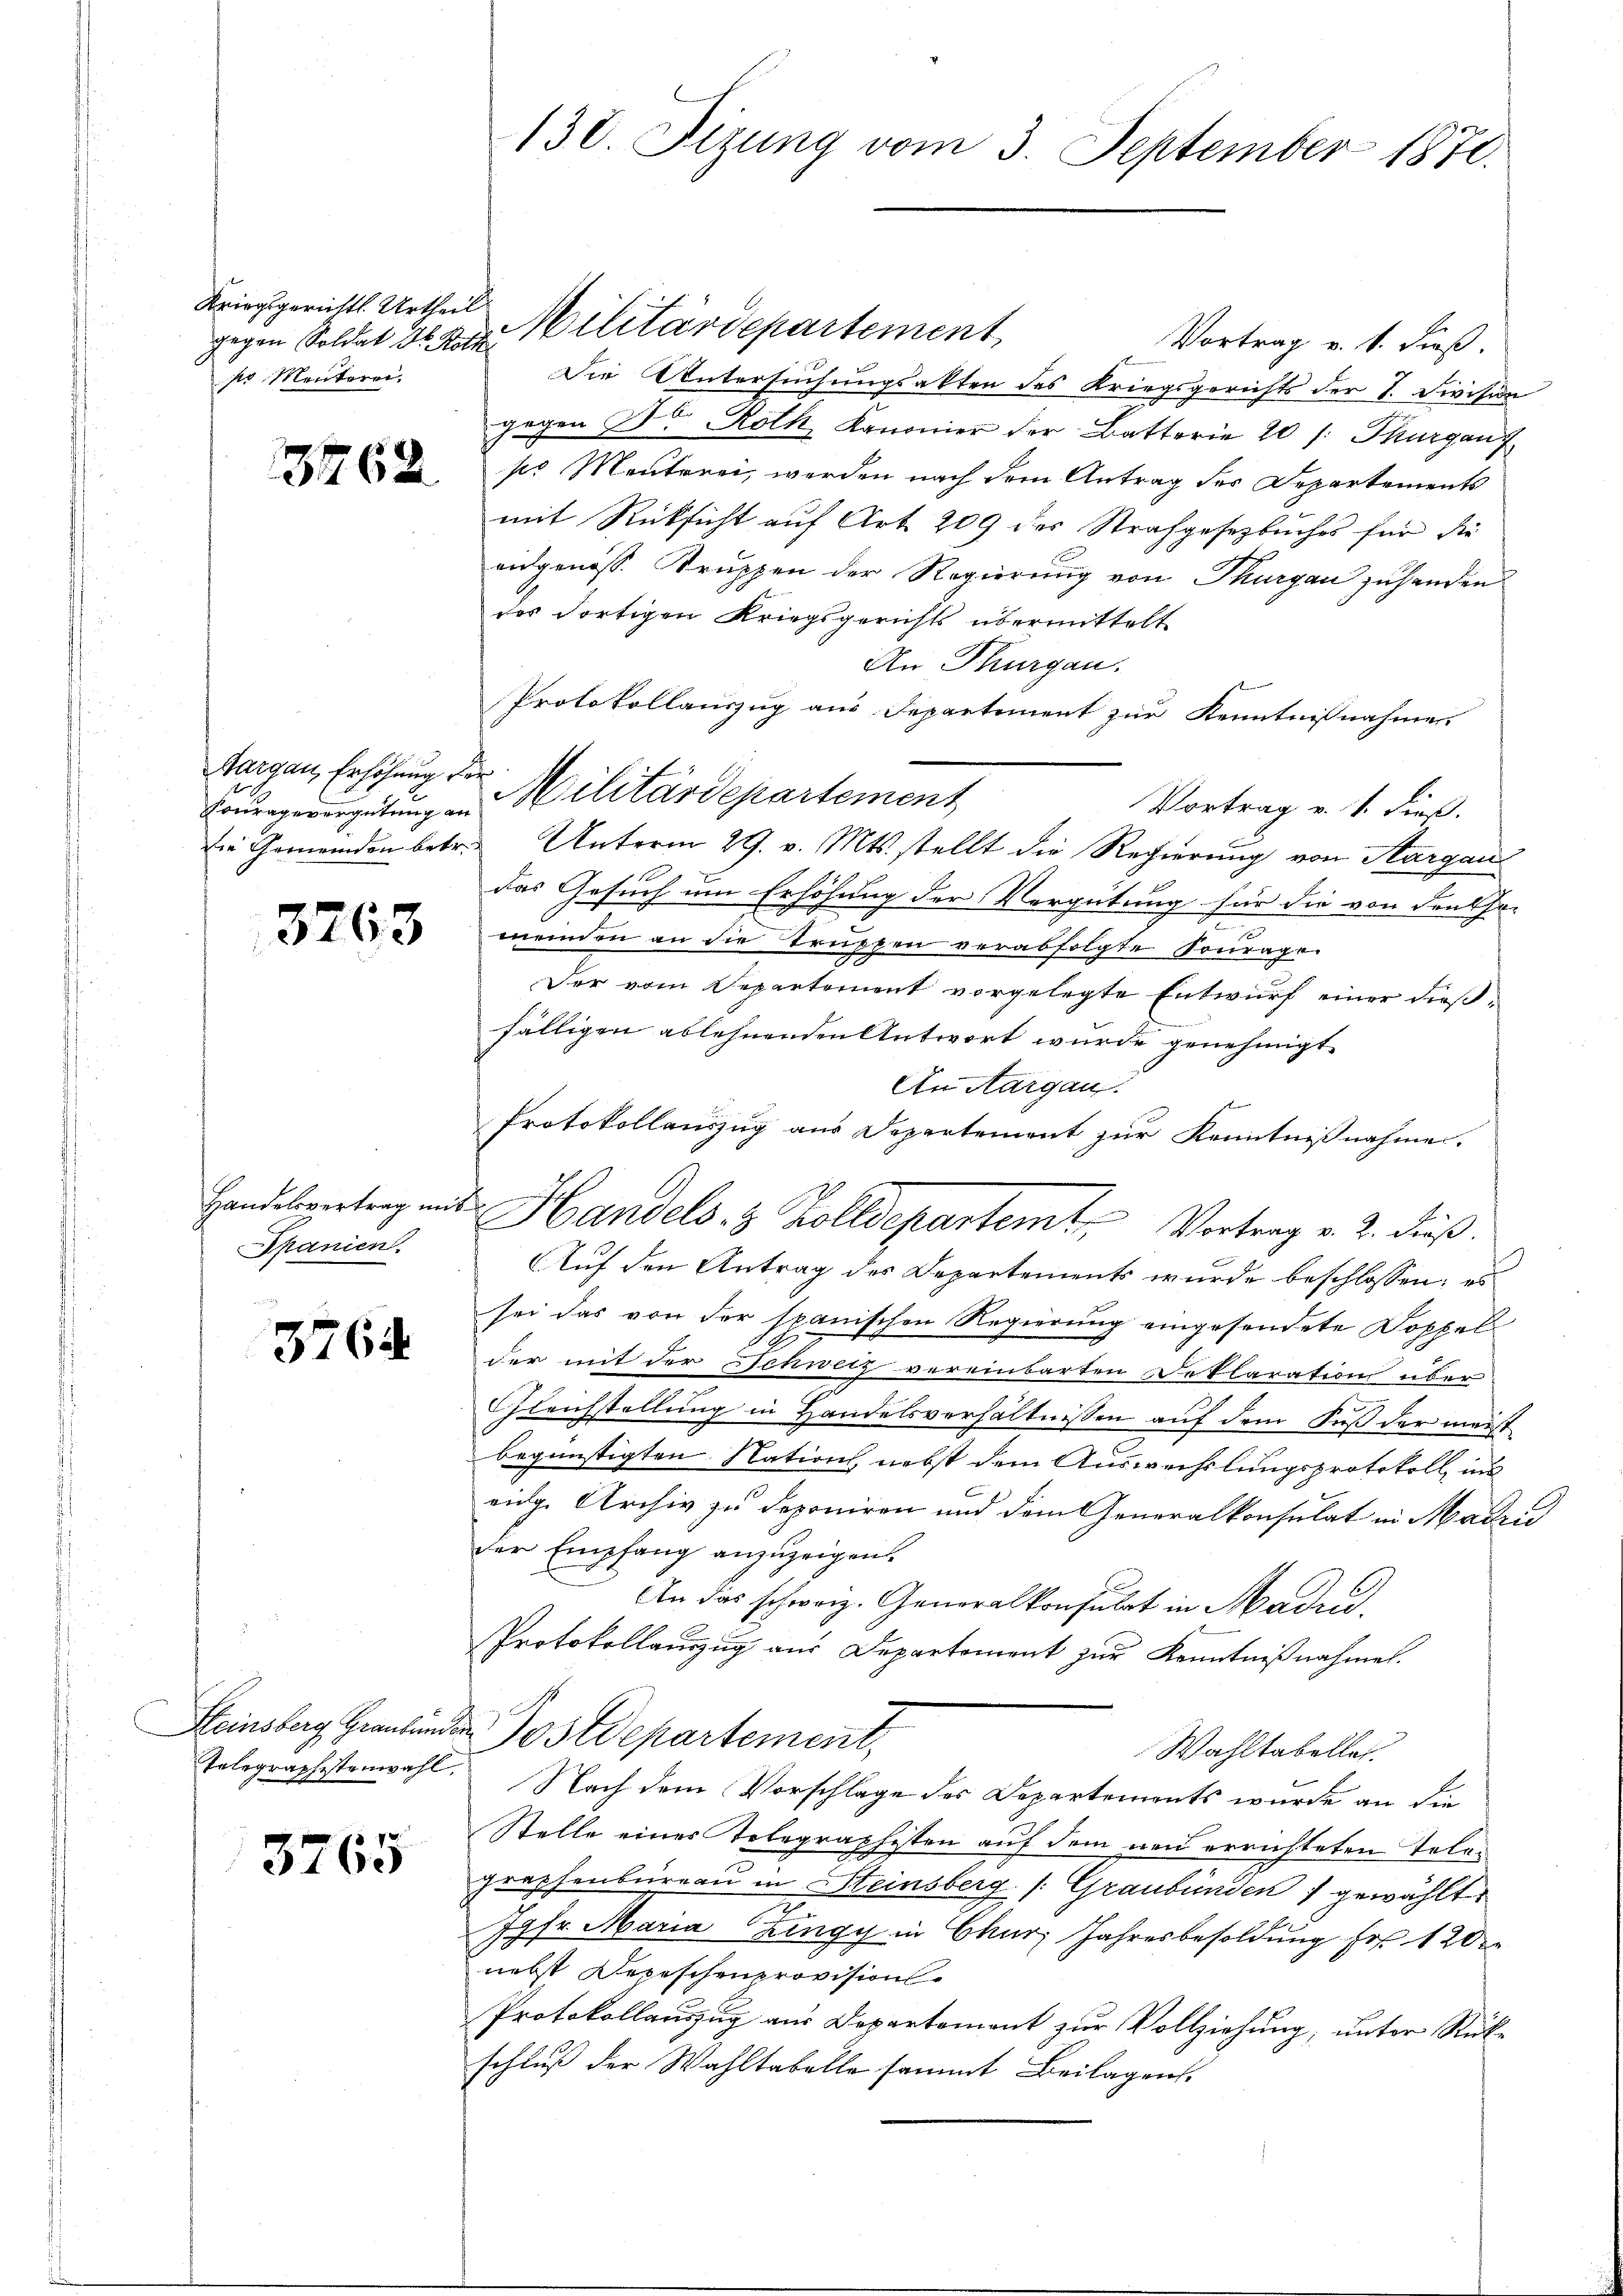
Kriegsgerichts Urtheil
sr Menterei.

3762

Margau, Erhöhung der

3263

Apanien.

3764

3765

130. Sizung vom 3. September 1870.

Vortrag v. 4. dieß.
Die Untersuchungsakten des Kriegsgerichts der I. Division
gegen Dr Roth, Kanonier der Batterie 20 /: Thurgau f
sr Menterei, werden nach dem Antrag des Departements
mit Rücksicht auf Art. 209 des Strafgesetzbuches für die
eidgenöss. Truppen der Regierung von Thurgau zuhanden
des dortigen Kriegsgerichts übermittelt.
An Thurgau.
Protokollauszug aus Departement zur Kenntnißnahme
Courage vergütung an Militärdepartement
Vortrag v. 1. dieß.
Die Gemeinden betr. Unterm 29. v. Mts. stellt die Regierung von Aargau
das Gesuch um Erhöhung der Vergütung für die von den Jo-
meinden an die Truppen verabfolgte Sourage
Der vom Departement vorgelegte Entwurf einer dießfälligen ablehnenden Antwort wurde genehmigt.
An Margau.
Protokollauszug aus Departement zur Kenntnißnahme.
Handelvertrag mit Handels. 3 Zolldepartem Vortrag v. 2. dieß.
Auf den Antrag des Departements wurde beschlossen: es
sei das von der spanischen Regierung eingesendete Doppel
der mit der Schweiz vereinbarten Deklaration über
s
Gleichstellung in Handelsverhältnissen auf dem Fuß der meist
begünstigten Nations, nebst dem Auswechslungsprotokoll, ins
eidg. Archiv zu deponiren und dem Generalkonsulat in Madri
der Empfang anzuzeigen
An das schweiz. Generalkonsulat in Maden,
Protokollauszug aus Departement zur Kenntnißnahmen.
Steinsberg Graubünden Postdepartement,
Wahltabeller.
Telegraphistenwahl. Nach dem Vorschlage des Departements wurde an die
Stelle eines Telegraphisten auf dem neu errichteten Telegraphenbureau in Steinsberg (: Graubünden 1 gewählt
.
77fr. Maria Zingy in Chur, Jahresbesoldung Fr. 120
nebst Depeschenprovision
Protokollauszug aus Departement zur Vollziehung, unter Rückschluß der Wahltabelle sammt Beilagens

gegen Soldat der Militärdepartement